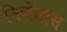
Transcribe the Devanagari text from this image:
निचेतास